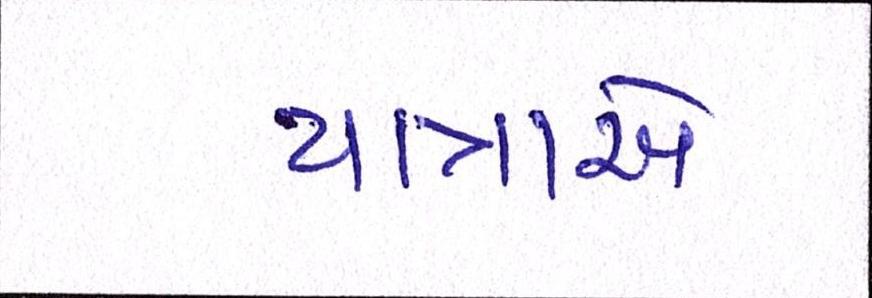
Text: યાત્રાએ